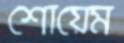
শোয়েম